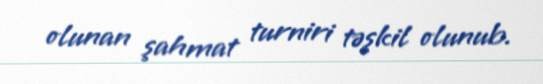
olunan şahmat turniri təşkil olunub.